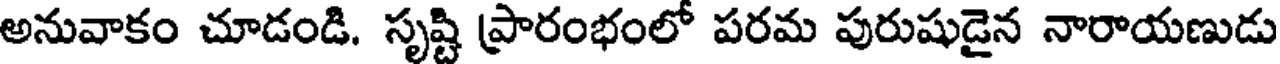
అనువాకం చూడండి. సృష్టి ప్రారంభంలో పరమ పురుషుడైన నారాయణుడు